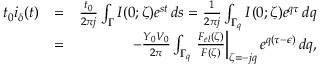
\begin{array} { r l r } { t _ { 0 } i _ { \delta } ( t ) } & { = } & { \frac { t _ { 0 } } { 2 \pi j } \int _ { \Gamma } I ( 0 ; \zeta ) e ^ { s t } \, d s = \frac { 1 } { 2 \pi j } \int _ { \Gamma _ { q } } I ( 0 ; \zeta ) e ^ { q \tau } \, d q } \\ & { = } & { - \frac { Y _ { 0 } V _ { 0 } } { 2 \pi } \int _ { \Gamma _ { q } } \left. \frac { F _ { e l } ( \zeta ) } { F ( \zeta ) } \right\vert _ { \zeta = - j q } e ^ { q ( \tau - \epsilon ) } \, d q , } \end{array}